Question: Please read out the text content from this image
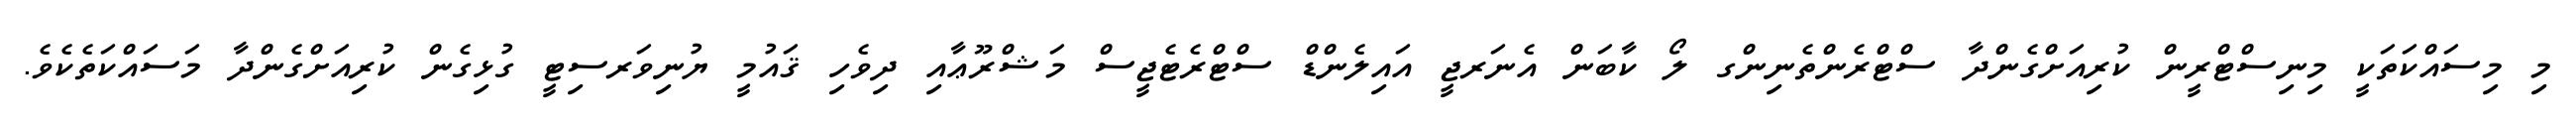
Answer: މި މިސައްކަތަކީ މިނިސްޓްރީން ކުރިއަށްގެންދާ ސްޓްރެންތެނިންގ ލޯ ކާބަން އެނަރޖީ އައިލެންޑް ސްޓްރެޓެޖީސް މަޝްރޫޢާއި ދިވެހި ޤައުމީ ޔުނިވަރސިޓީ ގުޅިގެން ކުރިއަށްގެންދާ މަސައްކަތެކެވެ.